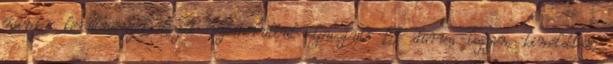
minden körülmények között nyomorultul elpusztuló – durva legyen, kiméletlen,